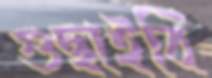
গুছাইবি